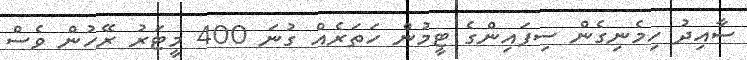
ސާއިދު ހިމެނިގެން ސިފައިންގެ ޓީމުން ހަތަރެއް ގުނަ 400 މީޓަރު ރޭހުން ވެސް